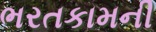
ભરતકામની